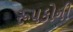
રૂપકોની